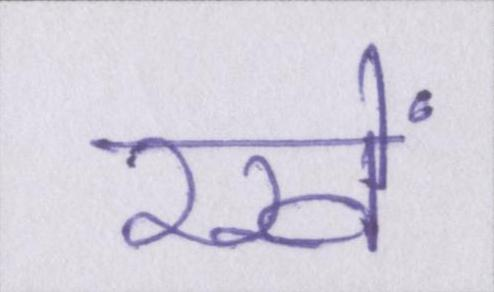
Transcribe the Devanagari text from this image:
रखें